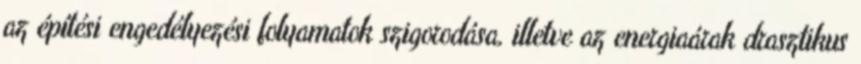
az építési engedélyezési folyamatok szigorodása, illetve az energiaárak drasztikus